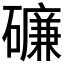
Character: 𥖝